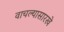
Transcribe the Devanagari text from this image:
वाचल्यासारखे